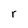
Character: r